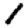
Digit: 1